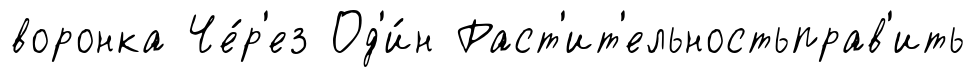
воронка Че́р'ез Од'и́н Раст'ит'ельностьправ'ить